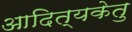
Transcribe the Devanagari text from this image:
आदित्यकेतु